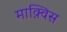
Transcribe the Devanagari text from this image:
माक़्विस